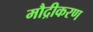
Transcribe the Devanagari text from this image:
मौद्रीकरण